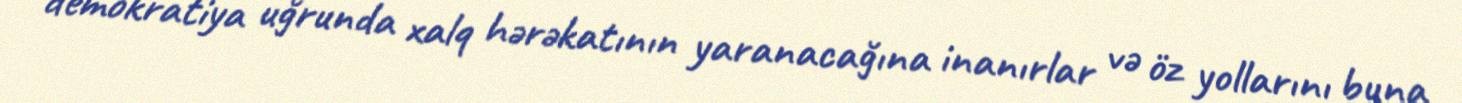
demokratiya uğrunda xalq hərəkatının yaranacağına inanırlar və öz yollarını buna